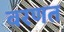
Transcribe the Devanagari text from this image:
वरणत